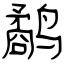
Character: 鹬